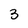
Character: 3